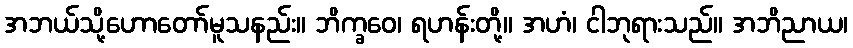
အဘယ်သို့ဟောတော်မူသနည်း။ ဘိက္ခဝေ၊ ရဟန်းတို့။ အဟံ၊ ငါဘုရားသည်။ အဘိညာယ၊